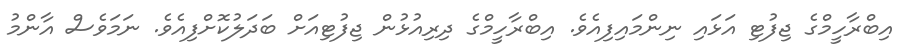
އިބްރާހީމްގެ ޖިފުޓި އަޅައި ނިންމައިފިއެވެ. އިބްރާހީމްގެ ދިރިއުޅުން ޖިފުޓިއަށް ބަދަލުކޮށްފިއެވެ. ނަމަވެސް އާންމު